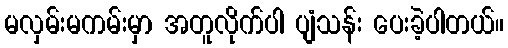
မလှမ်းမကမ်းမှာ အတူလိုက်ပါ ပျံသန်း ပေးခဲ့ပါတယ်။